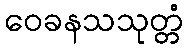
ဝေခနသသုတ္တံ